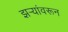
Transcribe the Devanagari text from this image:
झऱ्यांवरून